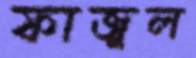
ফাজুল